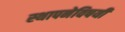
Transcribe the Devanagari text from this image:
स्थापनेविषयी